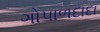
ગોપાળદાદા